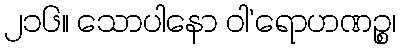
၂၁၆။ သောပါနော ဝါ’ရောဟဏဉ္စ၊